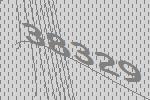
38329